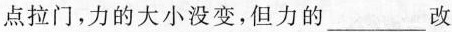
点拉门，力的大小没变，但力的___改